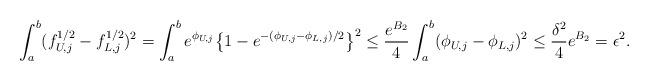
LaTeX: \begin{align*}\int_a^b (f_{U, j}^{1/2} - f_{L, j}^{1/2})^2 &= \int_a^b e^{\phi_{U,j}} \bigl\{1 - e^{-(\phi_{U,j} - \phi_{L,j})/2}\bigr\}^2 \leq \frac{e^{B_2}}{4} \int_a^b (\phi_{U,j} - \phi_{L,j})^2 \leq \frac{\delta^2}{4} e^{B_2} = \epsilon^2. \end{align*}